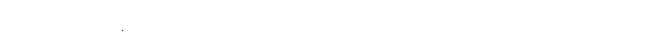
ဒီတော့ ကျနော်တို့ ကို များကိုမြင်ရပါလိမ့်မယ် အဓိက ကိုစောင့်စရာမလိုပဲ။